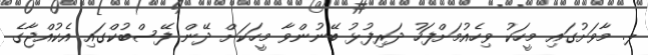
ލ. މާވަށުގައި މީހަކު ވިހެއުމަށްފަހު ދަރިފުޅު ބޭނުންވާ މީހަކަށް ދޭން ފޭސްބުކްގައި އެކުއްޖާގެ